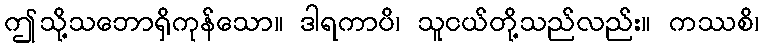
ဤသို့သဘောရှိကုန်သော။ ဒါရကာပိ၊ သူငယ်တို့သည်လည်း။ ကဿစိ၊